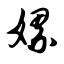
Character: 嫘